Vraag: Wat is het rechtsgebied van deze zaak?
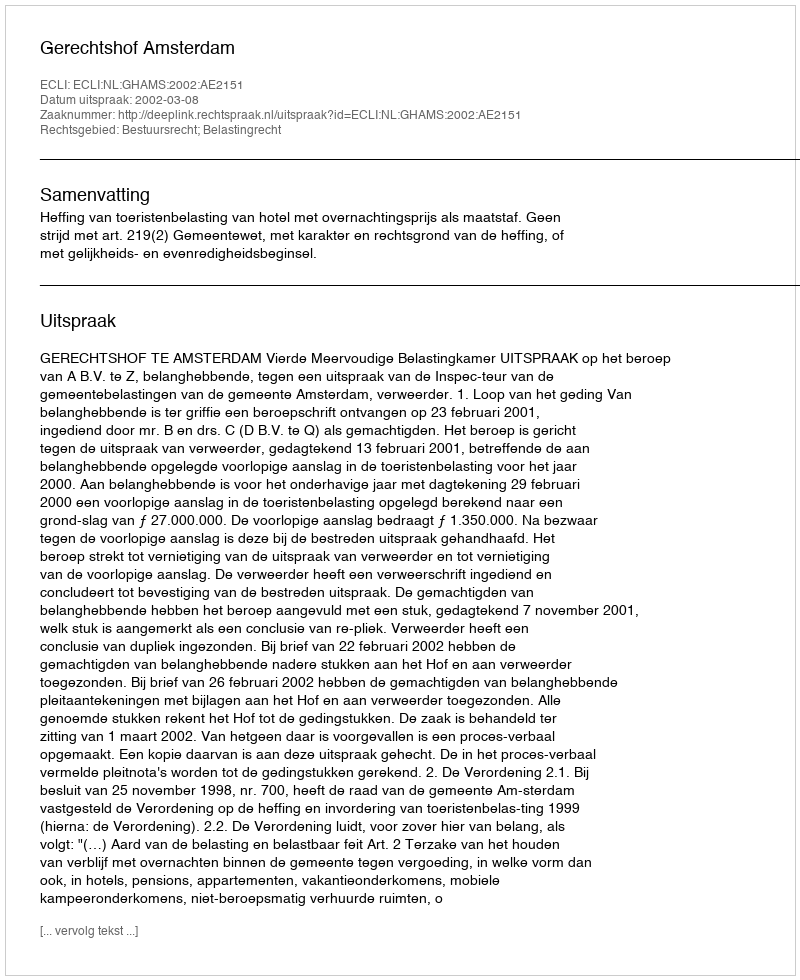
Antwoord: Bestuursrecht; Belastingrecht